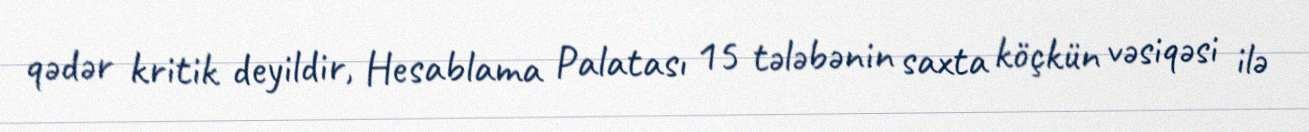
qədər kritik deyildir, Hesablama Palatası 15 tələbənin saxta köçkün vəsiqəsi ilə